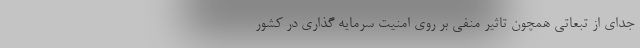
جدای از تبعاتی همچون تاثیر منفی بر روی امنیت سرمایه گذاری در کشور